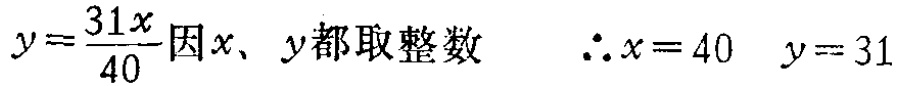
$y=\frac{31x}{40}\text{因}x、y\text{都取整数}\ \ \ \therefore x = 40\ \ \ y = 31$